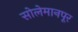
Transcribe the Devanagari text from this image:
सोलेमानपूर